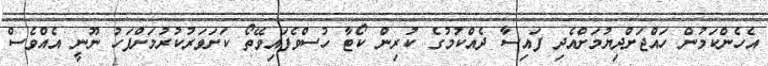
އެހެންކަމުން ހައްޖަށްދިޔުމަށްއެދި ފައިސާ ދެއްކުމުގެ ކުރިން ކޯޓާ ހުސްވެފައިވޭތޯ ކަށަވަރުކުރުމަށްފަހު ނޫނީ އެއްވެސް